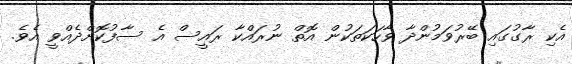
އެކި ރާގުގައި ބޭރުވަމުންދާ ވާހަކަތަކުން އޮތް ނުރައްކާ ރައީސް އެ ސާފުކޮށްދެއްވީ އެވެ.